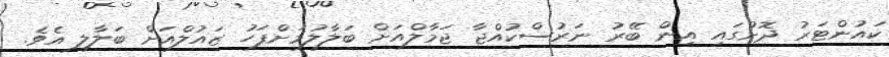
ކައުންޓަރު ދޮށުގައި އިން ބޭރު ނަރުސްކުއްޖާ ޖަމާލްއަށް ބަލާލުމަށްފަހު ޒައުލްއަށް ބަލާލި އެވެ.